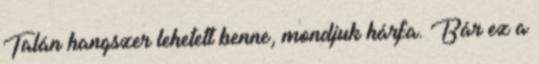
Talán hangszer lehetett benne, mondjuk hárfa. Bár ez a